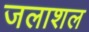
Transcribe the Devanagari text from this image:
जलाशल